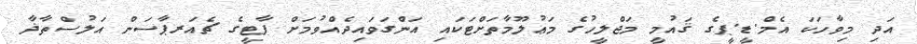
އަދި މިވާހަކަ އެމް.ޑީ.ޕީގެ ޤައުމީ މަޖްލީހުގެ މަޢުލޫމާތަށްޓަކައި އަންގަވައިދެއްވުމަށް ޕާޓީގެ ޗެއަރޕާސަން އަލުސްތާޛާ